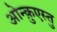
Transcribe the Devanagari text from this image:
ओन्क़ुएस्तु